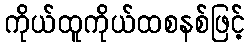
ကိုယ်ထူကိုယ်ထစနစ်ဖြင့်